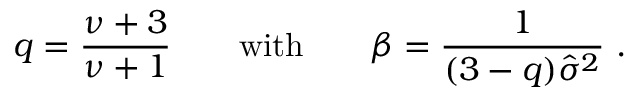
q = \frac { \nu + 3 } { \nu + 1 } \qquad \mathrm { w i t h } \qquad \beta = \frac { 1 } { ( 3 - q ) \hat { \sigma } ^ { 2 } } \, \, .